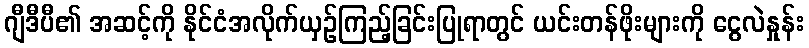
ဂျီဒီပီ၏ အဆင့်ကို နိုင်ငံအလိုက်ယှဉ်ကြည့်ခြင်းပြုရာတွင် ယင်းတန်ဖိုးများကို ငွေလဲနှုန်း